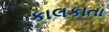
કાલકાતા